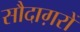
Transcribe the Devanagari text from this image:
सौदाग़रों